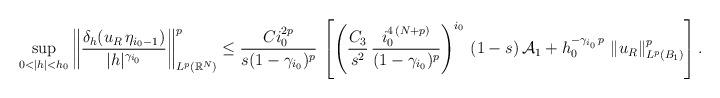
LaTeX: \begin{align*}\sup_{0<|h|<h_0}\left\|\frac{\delta_{h} (u_R\,\eta_{i_0-1})}{|h|^{\gamma_{i_0}}}\right\|^p_{L^p(\mathbb{R}^N)}&\le \frac{Ci_0^{2p}}{s(1-\gamma_{i_0})^p}\,\left[\left(\frac{C_3}{s^2}\,\frac{i_0^{4\,(N+p)}}{(1-\gamma_{i_0})^p}\right)^{i_0}\,(1-s)\,\mathcal{A}_1+h_0^{-\gamma_{i_0}\,p}\,\left\|u_R\right\|^p_{L^p(B_1)}\right].\end{align*}